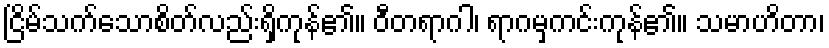
ငြိမ်သက်သောစိတ်လည်းရှိကုန်၏။ ဝီတရာဂါ၊ ရာဂမှကင်းကုန်၏။ သမာဟိတာ၊